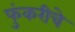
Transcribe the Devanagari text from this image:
फुंकरीचे